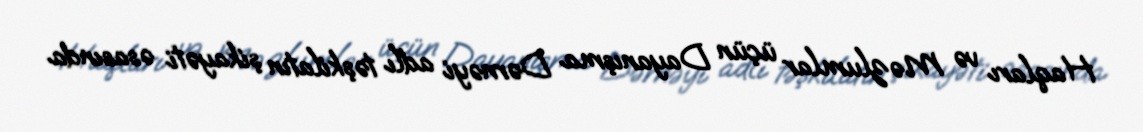
Haqları və Məzlumlar üçün Dayanışma Dərnəyi adlı təşkilatın şikayəti əsasında